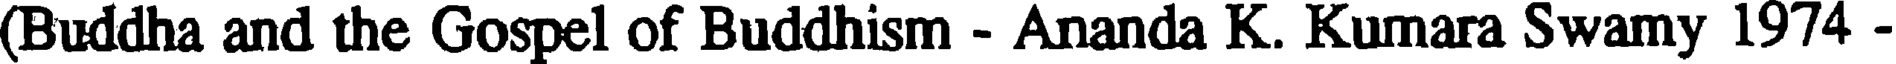
(Buddha and the Gospel of Buddhism - Ananda K. Kumara Swamy 1974 -